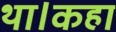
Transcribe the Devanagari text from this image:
था।कहा